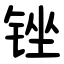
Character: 锉